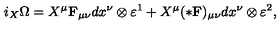
i _ { X } \Omega = X ^ { \mu } { \bf F } _ { \mu \nu } d x ^ { \nu } \otimes \varepsilon ^ { 1 } + X ^ { \mu } ( * { \bf F } ) _ { \mu \nu } d x ^ { \nu } \otimes \varepsilon ^ { 2 } , \